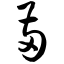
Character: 两